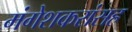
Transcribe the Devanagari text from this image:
मंगेशकरांसह